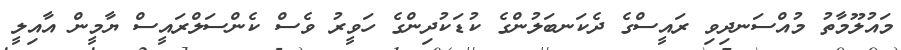
މައުލޫމާތު މުއްސަނދިވި ރައީސްގެ ދެކަނބަލުންގެ ކުޑަކުދިންގެ ހަވީރު ވެސް ކެންސަލްރައީސް ޔާމީން އާއިލީ